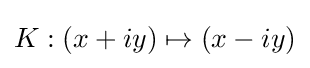
K:(x+iy)\mapsto (x-iy)